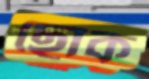
ছোক